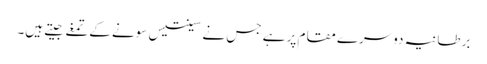
برطانیہ دوسرے مقام پر ہے جس نے سینتیس سونے کےتمغے جیتے ہیں۔